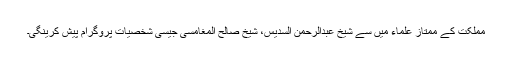
مملکت کے ممتاز علماء میں سے شیخ عبدالرحمن السدیس، شیخ صالح المغامسی جیسی شخصیات پروگرام پیش کرینگی۔